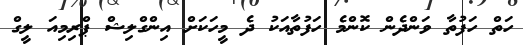
ހަތް ހަފުތާ ވަންދެން ކޮންމެ ހަފުތާއަކު ދެ މީހަކަށް އިންގްލިޝް ޕްރިމިއަ ލީގް